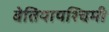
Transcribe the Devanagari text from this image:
बेतियापश्चिमी